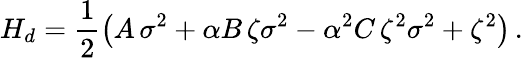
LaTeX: H_{d}=\frac 12\left(A\, {\sigma}^{2}+\alpha B\, \zeta{\sigma}^{2}-\alpha^{2}C\, {\zeta}^{2}{\sigma}^{2}+{\zeta}^{2}\right)\, .